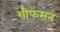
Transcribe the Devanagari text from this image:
शीफसन